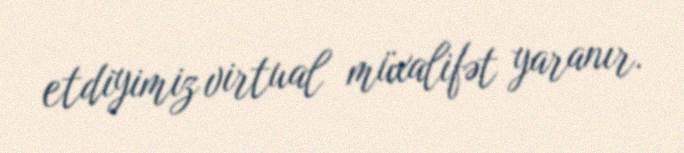
etdiyimiz virtual müxalifət yaranır.